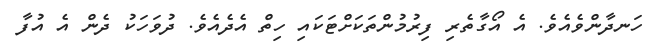
ހަނދާންވެއެވެ. އެ އޯގާތެރި ފިރުމުންތަކަށްޓަކައި ހިތް އެދެއެވެ. ދުވަހަކު ދެން އެ އުފާ